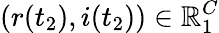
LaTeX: (r(t_{2}),i(t_{2}))\in\mathbb{R}_{1}^{C}